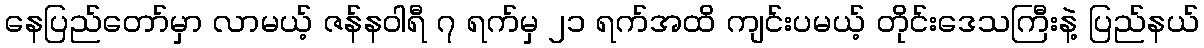
နေပြည်တော်မှာ လာမယ့် ဇန်နဝါရီ ၇ ရက်မှ ၂၁ ရက်အထိ ကျင်းပမယ့် တိုင်းဒေသကြီးနဲ့ ပြည်နယ်